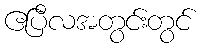
ဧပြီလအတွင်းတွင်